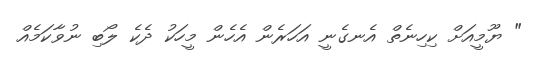
" ޔޫމީއަށް ކިހިނެތް އެނގެނީ އަހަރެން އެހެން މީހަކު ދެކެ ލޯބި ނުވާކަމެއް